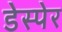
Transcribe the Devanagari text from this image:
डेस्पेर